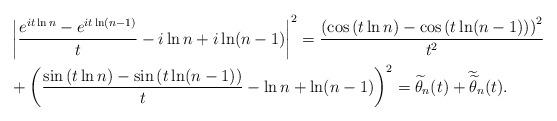
LaTeX: \begin{align*}&\left| \frac{e^{i t \ln n} - e^{i t \ln (n-1)}}{t} - i\ln n + i \ln (n-1) \right|^2=\frac{\left(\cos\left(t \ln n\right)-\cos\left(t \ln (n-1)\right) \right)^2}{t^2}\\&+\left(\frac{\sin\left(t \ln n\right)-\sin\left(t \ln (n-1)\right) }{t} -\ln n + \ln(n-1)\right)^2= \widetilde{\theta}_n(t)+\widetilde{\widetilde{\theta}}_n(t).\end{align*}